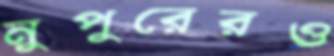
নুপুরেরও